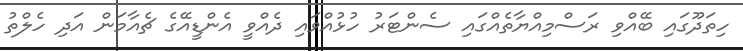
ހިތަދޫގައި ބޭއްވި ރަސްމިއްޔާތެއްގައި ސެންޓަރު ހުޅުއްވައި ދެއްވީ އެންޑީއޭގެ ޗެއާމަން އަދި ހެލްތު